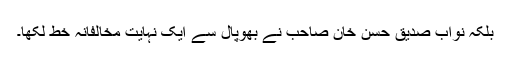
بلکہ نواب صدیق حسن خان صاحب نے بھوپال سے ایک نہایت مخالفانہ خط لکھا۔